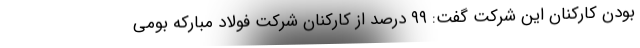
بودن کارکنان این شرکت گفت: ۹۹ درصد از کارکنان شرکت فولاد مبارکه بومی